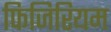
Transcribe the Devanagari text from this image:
फिजिरियम